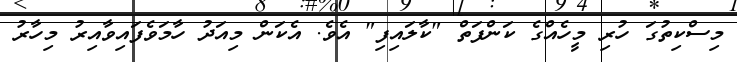
މިސްކިތުގަ ހުރި މީހެއްގެ ކަންފަތް "ކާލައިފި" އެވެ. އެކަން މިއަދު ހާމަވެފައިވާއިރު މިހާރު